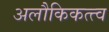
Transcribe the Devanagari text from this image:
अलौकिकत्त्व